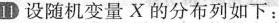
11 设随机变量X的分布列如下：